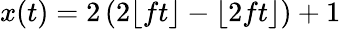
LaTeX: x(t)=2\left(2\lfloor ft\rfloor-\lfloor 2ft\rfloor\right)+1